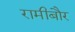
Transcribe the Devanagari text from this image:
रामीबौर